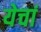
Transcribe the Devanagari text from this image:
येचां